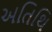
અતિથિ